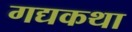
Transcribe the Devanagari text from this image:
गद्यकथा